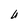
Character: U